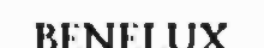
BENELUX